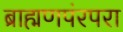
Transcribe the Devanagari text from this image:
ब्राह्मणपंरपरा